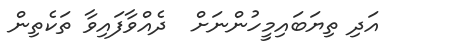
އަދި ތިޔަބައިމީހުންނަށް  ދެއްވާފައިވާ ތަކެތިން